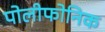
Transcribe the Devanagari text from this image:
पोलीफोनिक